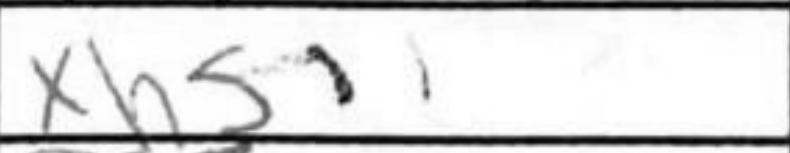
Transcription: xh5